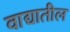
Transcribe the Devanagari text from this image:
वाद्यातील